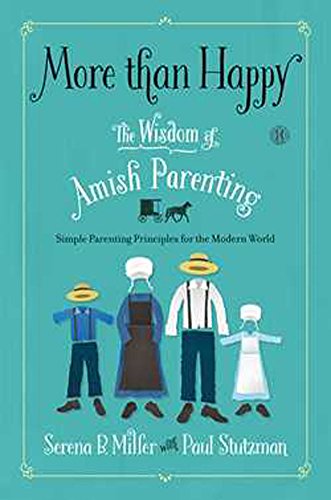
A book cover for More than Happy: The Wisdom of Amish Parenting; Serena B. Miller; Christian Books & Bibles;